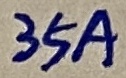
Text: 35A